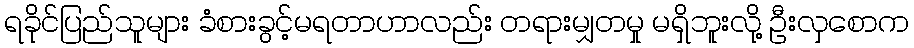
ရခိုင်ပြည်သူများ ခံစားခွင့်မရတာဟာလည်း တရားမျှတမှု မရှိဘူးလို့ ဦးလှစောက